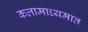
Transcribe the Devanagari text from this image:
कलामाध्यमात